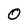
Character: 0